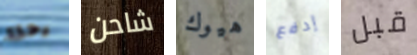
رحلة شاحن هيوك إدفع قبل